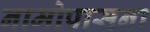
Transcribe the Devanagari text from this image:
नामोपासना